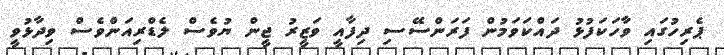
ޕެރިހުގައި ވާހަކަފުޅު ދައްކަވަމުން ފަރަންސޭސި ދިފާއީ ވަޒީރު ޖީން ޔުވެސް ލެޑްރިއަންވެސް ވިދާޅުވީ